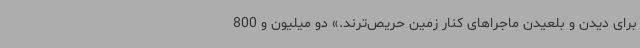
برای دیدن و بلعیدن ماجراهای کنار زمین حریص‌ترند.» دو میلیون و 800